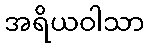
အရိယဝါသာ